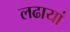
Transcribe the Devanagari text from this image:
लढायां